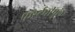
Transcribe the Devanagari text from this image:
फर्स्टपीपुल